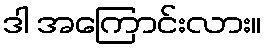
ဒါ အကြောင်းလား။